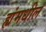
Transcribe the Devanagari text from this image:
ह्यंमधील